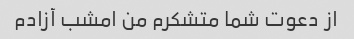
از دعوت شما متشکرم من امشب آزادم